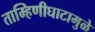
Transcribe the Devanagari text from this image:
ताम्हिणीघाटामुळे